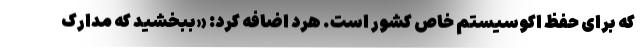
که برای حفظ اکوسیستم خاص کشور است. هرد اضافه کرد: «ببخشید که مدارک